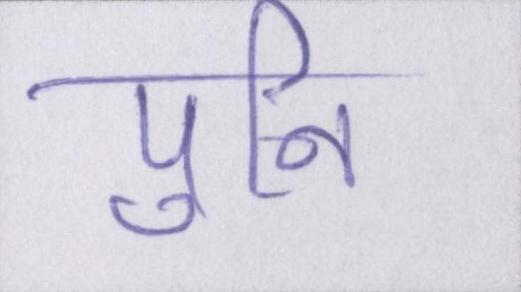
पुनि